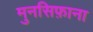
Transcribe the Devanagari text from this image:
मुनसिफ़ाना